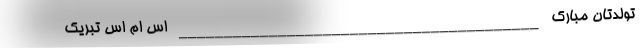
تولدتان مبارک ________________________________________ اس ام اس تبریک